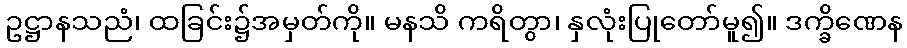
ဥဋ္ဌာနသညံ၊ ထခြင်း၌အမှတ်ကို။ မနသိ ကရိတွာ၊ နှလုံးပြုတော်မူ၍။ ဒက္ခိဏေန